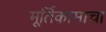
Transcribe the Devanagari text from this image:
मूर्तिकामाचा